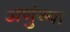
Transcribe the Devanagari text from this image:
अणुंच्या